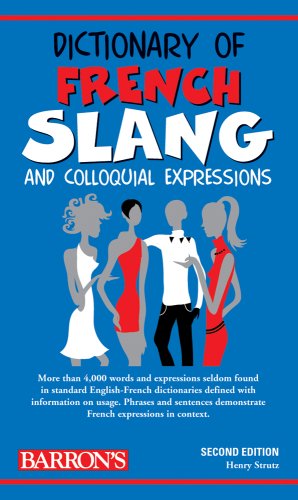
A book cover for Dictionary of French Slang and Colloquial Expressions (Barron's Dictionaries of Foreign Language Slang); Henry Strutz; Reference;